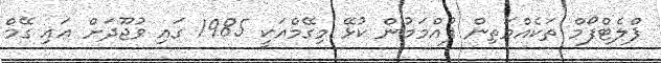
ޕްލެޓްފޯމް ތަކެއްމަތިން ފުއްމަމުން ކުޅޭ މިގޭމްއަކީ 1985 ގައި ވުޖޫދަށް އައި ގޭމް